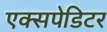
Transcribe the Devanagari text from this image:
एक्सपेडिटर